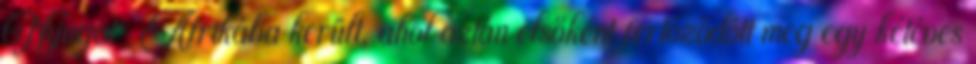
Nyugat-Afrikába került, ahol aztán elsőként fertőződött meg egy kétéves